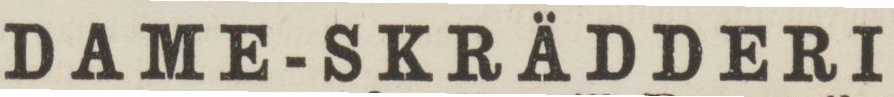
DAME-SKRÄDDERI,